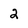
Character: 2